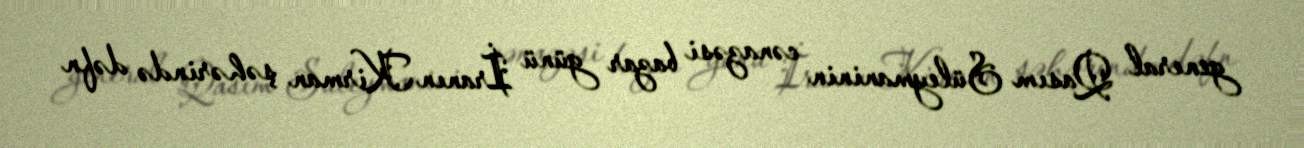
general Qasım Süleymaninin cənazəsi bazar günü İranın Kirman şəhərində dəfn